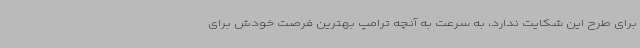
برای طرح این شکایت ندارد، به سرعت به آنچه ترامپ بهترین فرصت خودش برای